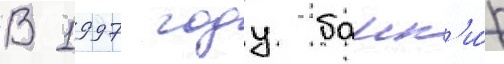
В 1997 году банк'и́р